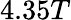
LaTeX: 4.35T